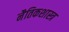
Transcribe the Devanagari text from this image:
नैतिकशास्त्र